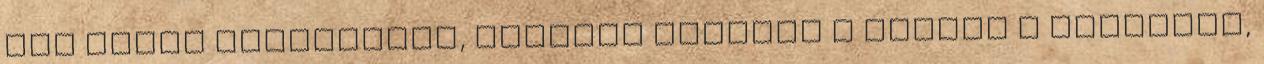
Nem sokat tétovázott, azonnal bedugta a farkát a puncimba,